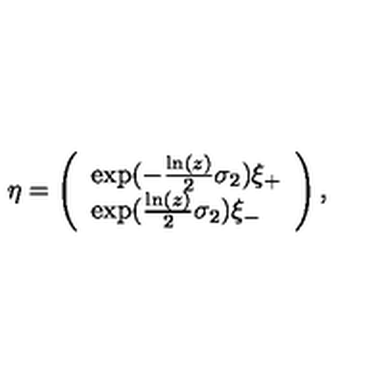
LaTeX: \eta = \left( \begin{array} { l } { \exp ( - \frac { \ln ( z ) } { 2 } \sigma _ { 2 } ) \xi _ { + } } \\ { \exp ( \frac { \ln ( z ) } { 2 } \sigma _ { 2 } ) \xi _ { - } } \\ \end{array} \right) ,